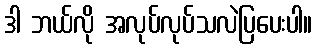
ဒါ ဘယ်လို အလုပ်လုပ်သလဲပြပေးပါ။